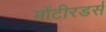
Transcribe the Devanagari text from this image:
मोंटीरडर्स